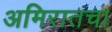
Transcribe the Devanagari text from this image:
अमिरातचा